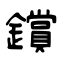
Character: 鑜